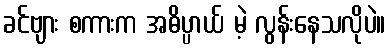
ခင်ဗျား စကားက အဓိပ္ပာယ် မဲ့ လွန်းနေသလိုပဲ။